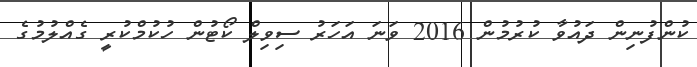
ކުންފުނިން ދައުވާ ކުރުމުން 2016 ވަނަ އަހަރު ސިވިލް ކޯޓުން ހުކުމްކުރީ ގެއްލުމުގެ